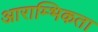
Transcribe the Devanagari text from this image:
आराम्भिकता